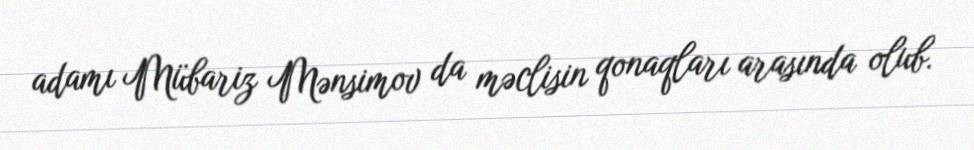
adamı Mübariz Mənsimov da məclisin qonaqları arasında olub.